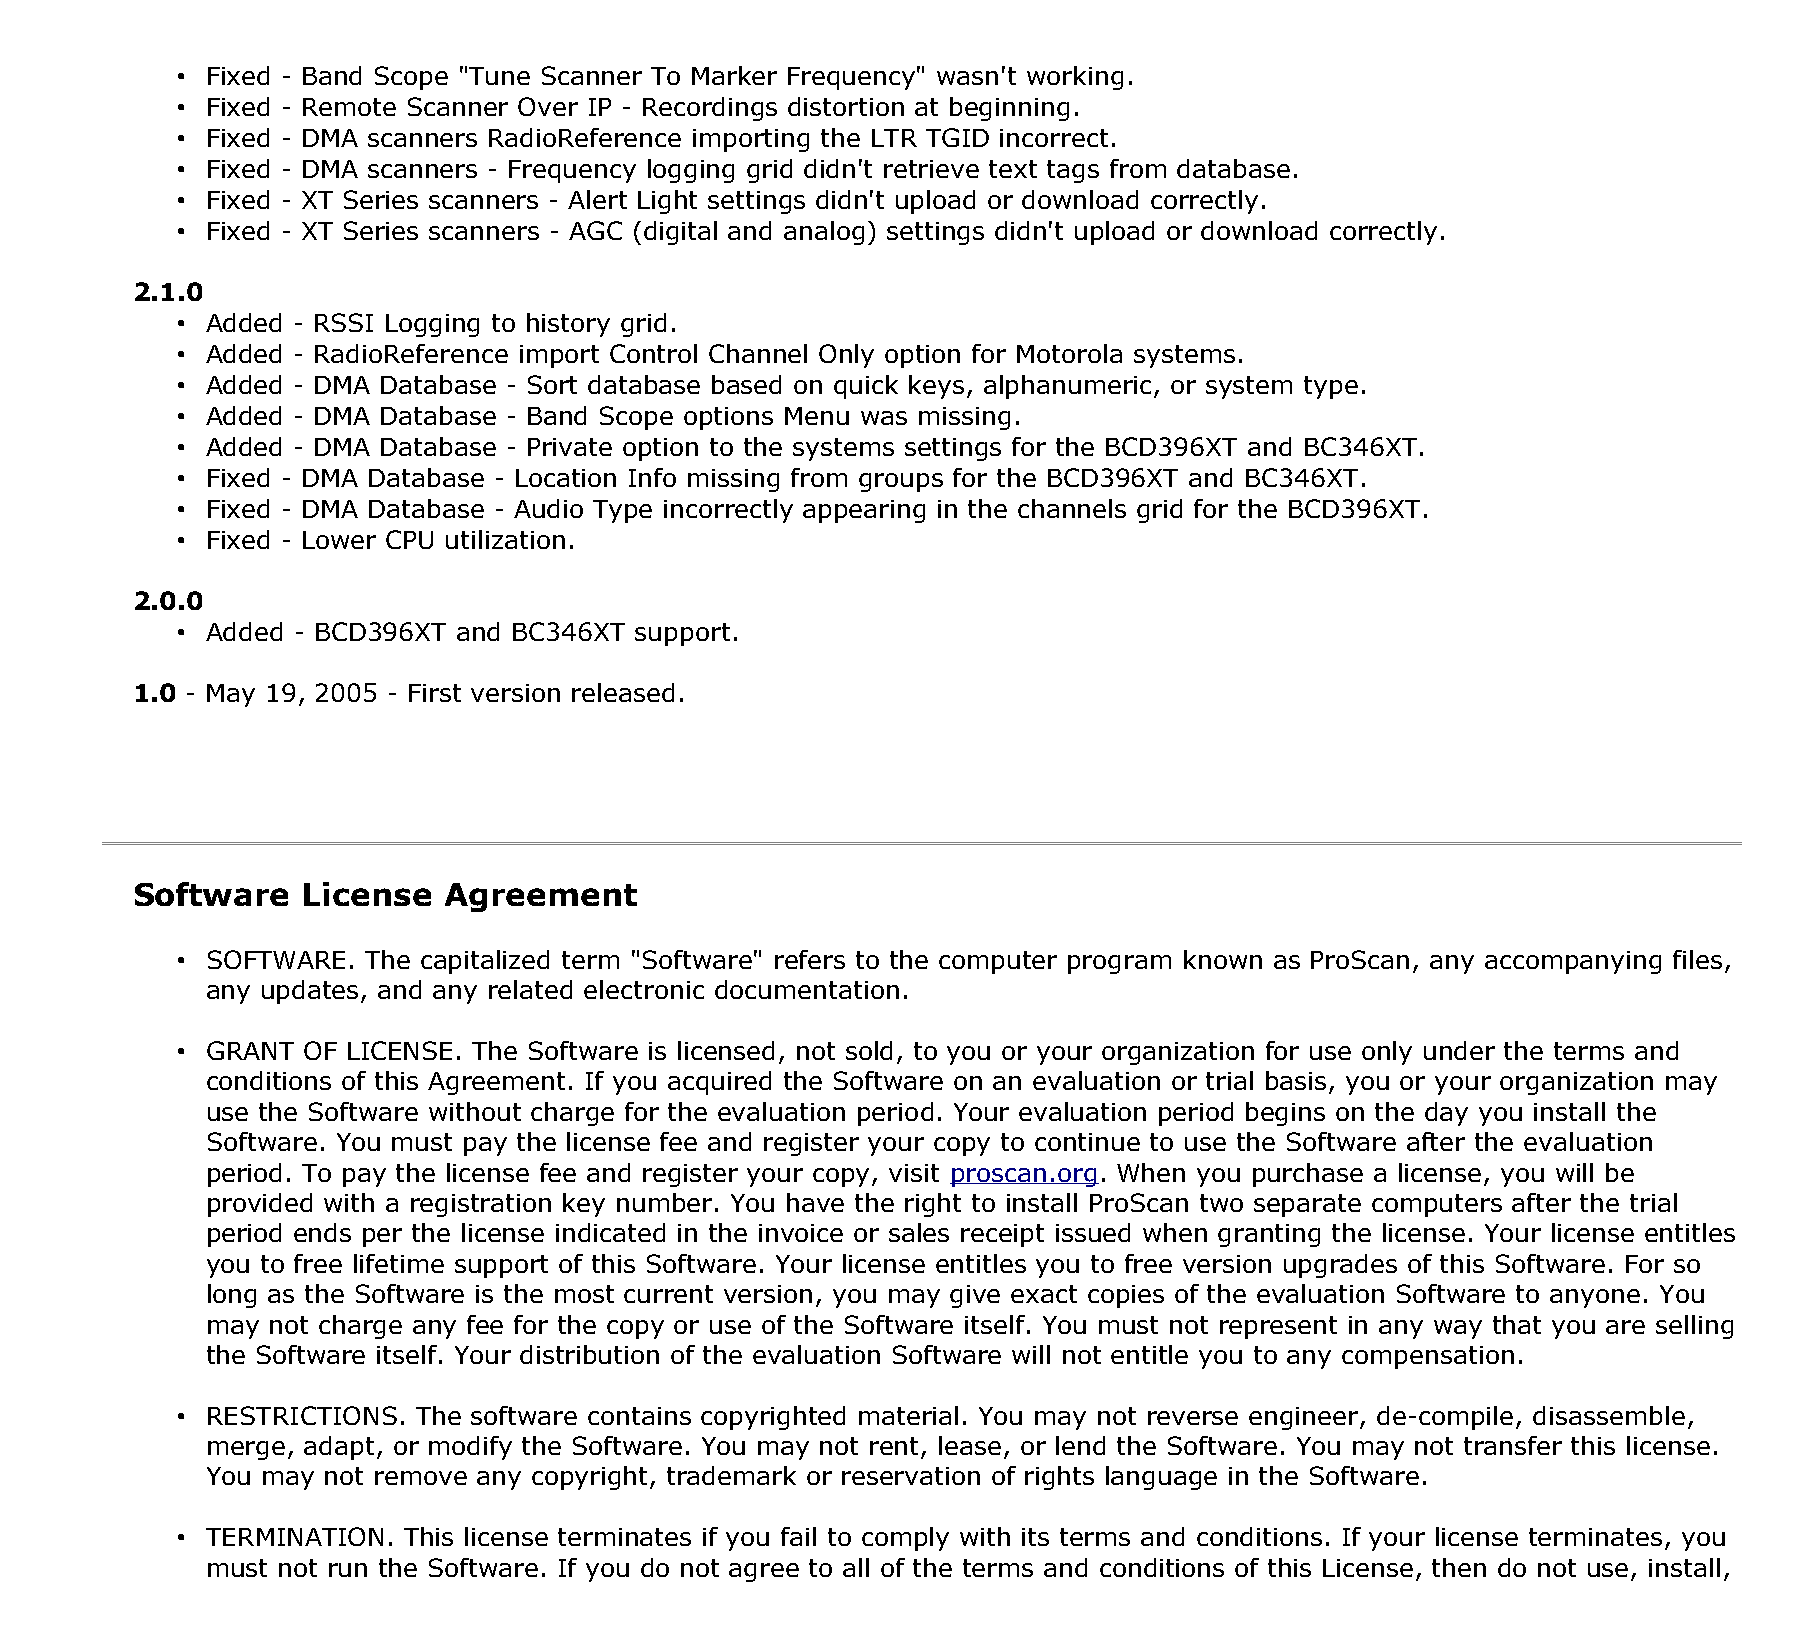
• Fixed - Band Scope "Tune Scanner To Marker Frequency" wasn't working.
 • Fixed - Remote Scanner Over IP - Recordings distortion at beginning.
 • Fixed - DMA scanners RadioReference importing the LTR TGID incorrect.
 • Fixed - DMA scanners - Frequency logging grid didn't retrieve text tags from database.
 • Fixed - XT Series scanners - Alert Light settings didn't upload or download correctly.
 • Fixed - XT Series scanners - AGC (digital and analog) settings didn't upload or download correctly.
 2.1.0
 • Added - RSSI Logging to history grid.
 • Added - RadioReference import Control Channel Only option for Motorola systems.
 • Added - DMA Database - Sort database based on quick keys, alphanumeric, or system type.
 • Added - DMA Database - Band Scope options Menu was missing.
 • Added - DMA Database - Private option to the systems settings for the BCD396XT and BC346XT.
 • Fixed - DMA Database - Location Info missing from groups for the BCD396XT and BC346XT.
 • Fixed - DMA Database - Audio Type incorrectly appearing in the channels grid for the BCD396XT.
 • Fixed - Lower CPU utilization.
 2.0.0
 • Added - BCD396XT and BC346XT support.
 1.0 - May 19, 2005 - First version released.
 Software   License  Agreement
 • SOFTWARE. The capitalized term "Software" refers to the computer program known as ProScan, any accompanying files,
 any updates, and any related electronic documentation.
 • GRANT OF LICENSE. The Software is licensed, not sold, to you or your organization for use only under the terms and
 conditions of this Agreement. If you acquired the Software on an evaluation or trial basis, you or your organization may
 use the Software without charge for the evaluation period. Your evaluation period begins on the day you install the
 Software. You must pay the license fee and register your copy to continue to use the Software after the evaluation
 period. To pay the license fee and register your copy, visit proscan.org. When you purchase a license, you will be
 provided with a registration key number. You have the right to install ProScan two separate computers after the trial
 period ends per the license indicated in the invoice or sales receipt issued when granting the license. Your license entitles
 you to free lifetime support of this Software. Your license entitles you to free version upgrades of this Software. For so
 long as the Software is the most current version, you may give exact copies of the evaluation Software to anyone. You
 may not charge any fee for the copy or use of the Software itself. You must not represent in any way that you are selling
 the Software itself. Your distribution of the evaluation Software will not entitle you to any compensation.
 • RESTRICTIONS. The software contains copyrighted material. You may not reverse engineer, de-compile, disassemble,
 merge, adapt, or modify the Software. You may not rent, lease, or lend the Software. You may not transfer this license.
 You may not remove any copyright, trademark or reservation of rights language in the Software.
 • TERMINATION. This license terminates if you fail to comply with its terms and conditions. If your license terminates, you
 must not run the Software. If you do not agree to all of the terms and conditions of this License, then do not use, install,